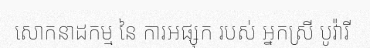
សោកនាដកម្ម នៃ ការអផ្សុក របស់ អ្នកស្រី បូវ៉ារី